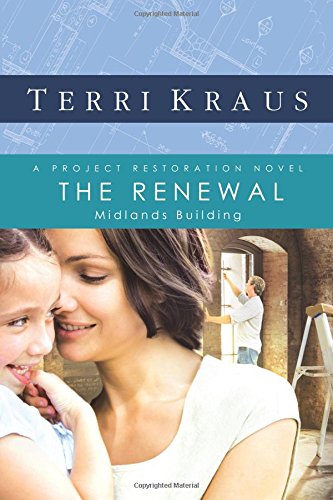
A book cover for The Renewal: Midlands Building (Project Restoration Series, Book 2); Terri Kraus; Literature & Fiction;